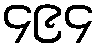
၄၉၄